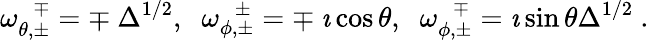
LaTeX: \omega_{\theta,\pm}^{~~~\mp}=\mp~\Delta^{1/2},\; \; \omega_{\phi,\pm}^{~~~\pm}=\mp~\imath\cos{\theta},\; \; \omega_{\phi,\pm}^{~~~\mp}=\imath\sin{\theta}\Delta^{1/2}~.